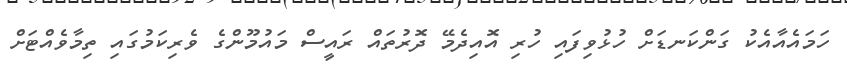
ހަމައެއާއެކު ގަންކަނޑަށް ހުޅުވިފައި ހުރި އޮއިދެމޭ ދޮރުތައް ރައީސް މައުމޫންގެ ވެރިކަމުގައި ތިމާވެއްޓަށް